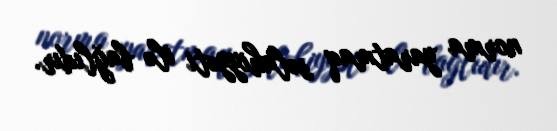
norma yaratmaq səlahiyyəti ilə bağlıdır.